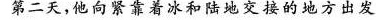
第二天，他向紧靠着冰和陆地交接的地方出发